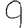
Digit: 9